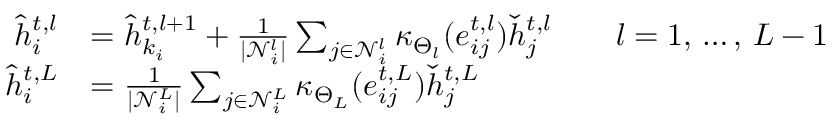
\begin{array} { r l } { \hat { h } _ { i } ^ { t , l } } & { = \hat { h } _ { k _ { i } } ^ { t , l + 1 } + \frac { 1 } { | \mathcal { N } _ { i } ^ { l } | } \sum _ { j \in \mathcal { N } _ { i } ^ { l } } \kappa _ { \Theta _ { l } } ( e _ { i j } ^ { t , l } ) \check { h } _ { j } ^ { t , l } \qquad l = 1 , \, \dots , \, L - 1 } \\ { \hat { h } _ { i } ^ { t , L } } & { = \frac { 1 } { | \mathcal { N } _ { i } ^ { L } | } \sum _ { j \in \mathcal { N } _ { i } ^ { L } } \kappa _ { \Theta _ { L } } ( e _ { i j } ^ { t , L } ) \check { h } _ { j } ^ { t , L } } \end{array}